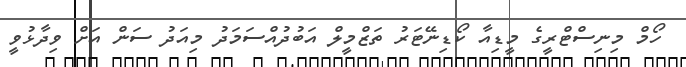
ހޯމް މިނިސްޓްރީގެ މީޑިއާ ކޯޑިނޭޓަރު ތަޒްމީލް އަބުދުއްސަމަދު މިއަދު ސަން އަށް ވިދާޅުވީ